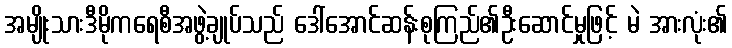
အမျိုးသားဒီမိုကရေစီအဖွဲ့ချုပ်သည် ဒေါ်အောင်ဆန်းစုကြည်၏ဦးဆောင်မှုဖြင့် မဲ အားလုံး၏